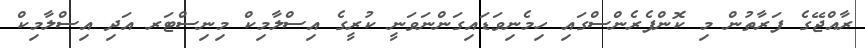
ރާއްޖޭގެ ފަރާތުން މި ކޮންފެރެންސްގައި ހިމެނިވަޑައިގަންނަވަނީ ކުރީގެ އިސްލާމިކް މިނިސްޓަރ އަދި އިސްލާމިކް